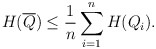
\begin{align*} H(\overline{Q}) \le \frac 1n \sum_{i=1}^n H( Q_i ).\end{align*}